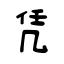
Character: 凭